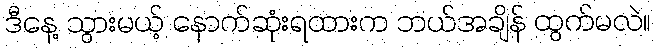
ဒီနေ့ သွားမယ့် နောက်ဆုံးရထားက ဘယ်အချိန် ထွက်မလဲ။